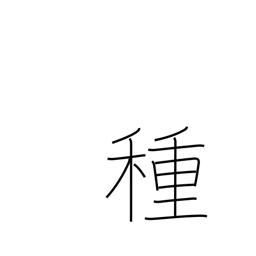
Meaning: seed